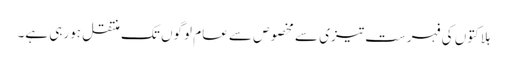
ہلاکتوں کی فہرست تیزی سے مخصوص سے عام لوگوں تک منتقل ہورہی ہے۔